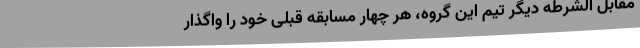
مقابل الشرطه دیگر تیم این گروه، هر چهار مسابقه قبلی خود را واگذار